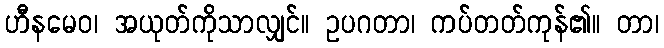
ဟီနမေဝ၊ အယုတ်ကိုသာလျှင်။ ဥပဂတာ၊ ကပ်တတ်ကုန်၏။ တာ၊